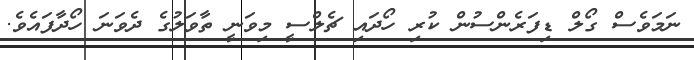
ނަމަވެސް ގޯލް ޑިފަަރެންސުން ކުރި ހޯދައި ޗެލްސީ މިވަނީ ތާވަލުގެ ދެވަނަ ހޯދާފައެވެ.